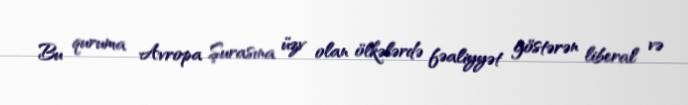
Bu quruma Avropa Şurasına üzv olan ölkələrdə fəaliyyət göstərən liberal və